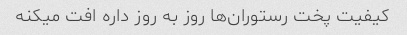
کیفیت پخت رستوران‌ها روز به روز داره افت میکنه